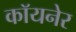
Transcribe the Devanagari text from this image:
कॉयनेर